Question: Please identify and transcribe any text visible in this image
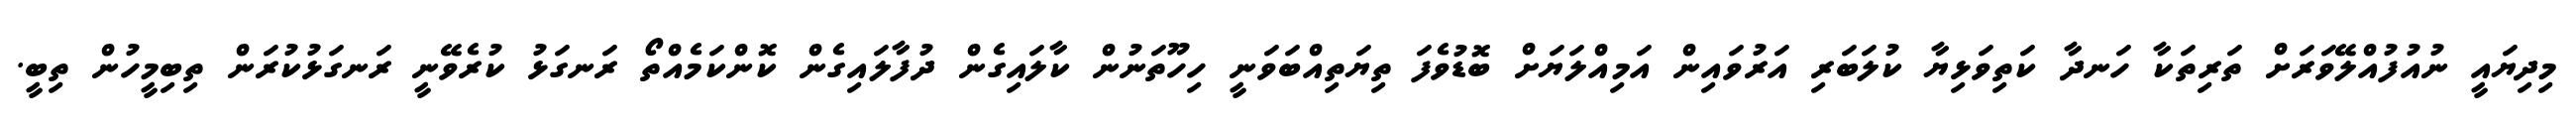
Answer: މިދިޔައީ ނުއުފުއްލޭވަރަށް ތަރިތަކާ ހަނދާ ކަތިވަޅިޔާ ކުލަބަރި އަރުވައިން އަމިއްލަޔަށް ބޮޑުވެފަ ތިޔަތިއްބަވަނީ ހިހޫތަނުން ކާލައިގެން ދުފާލައިގެން ކޮންކަމެއްތޯ ރަނގަޅު ކުރެވޭނީ ރަނގަޅުކުރަން ތިބިމީހުން ތިބީ.